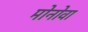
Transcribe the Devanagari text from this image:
मोनोवा